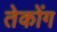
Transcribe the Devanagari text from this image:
तेकोंग